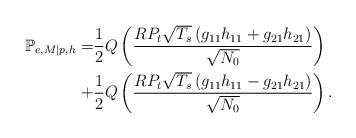
LaTeX: \begin{align*}\mathbb{P}_{e,M|p,h}=& \frac{1}{2}Q\left(\frac{R P_t \sqrt{T_s}\left(g_{11}h_{11}+g_{21}h_{21} \right)}{\sqrt{N_0}} \right) \\+&\frac{1}{2}Q\left(\frac{R P_t \sqrt{T_s}\left(g_{11}h_{11}-g_{21}h_{21} \right)}{\sqrt{N_0}} \right).\end{align*}